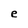
Character: e